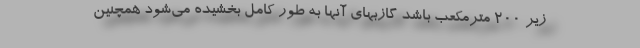
زیر 200 مترمکعب باشد گازبهای آنها به طور کامل بخشیده می‌شود همچنین